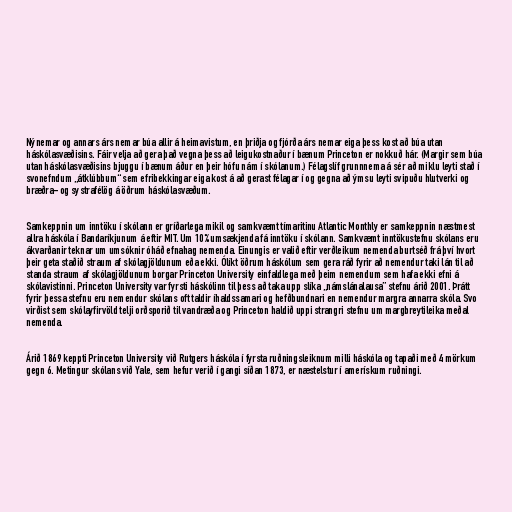
Nýnemar og annars árs nemar búa allir á heimavistum, en þriðja og fjórða árs nemar eiga þess kost að búa utan
háskólasvæðisins. Fáir velja að gera það vegna þess að leigukostnaður í bænum Princeton er nokkuð hár. (Margir sem búa
utan háskólasvæðisins bjuggu í bænum áður en þeir hófu nám í skólanum.) Félagslíf grunnnema á sér að miklu leyti stað í
svonefndum „átklúbbum“ sem efribekkingar eiga kost á að gerast félagar í og gegna að ýmsu leyti svipuðu hlutverki og
bræðra- og systrafélög á öðrum háskólasvæðum.

Samkeppnin um inntöku í skólann er gríðarlega mikil og samkvæmt tímaritinu Atlantic Monthly er samkeppnin næstmest
allra háskóla í Bandaríkjunum á eftir MIT. Um 10% umsækjenda fá inntöku í skólann. Samkvæmt inntökustefnu skólans eru
ákvarðanir teknar um umsóknir óháð efnahag nemenda. Einungis er valið eftir verðleikum nemenda burtséð frá því hvort
þeir geta staðið straum af skólagjöldunum eða ekki. Ólíkt öðrum háskólum sem gera ráð fyrir að nemendur taki lán til að
standa straum af skólagjöldunum borgar Princeton University einfaldlega með þeim nemendum sem hafa ekki efni á
skólavistinni. Princeton University var fyrsti háskólinn til þess að taka upp slíka „námslánalausa” stefnu árið 2001. Þrátt
fyrir þessa stefnu eru nemendur skólans oft taldir íhaldssamari og hefðbundnari en nemendur margra annarra skóla. Svo
virðist sem skólayfirvöld telji orðsporið til vandræða og Princeton haldið uppi strangri stefnu um margbreytileika meðal
nemenda.

Árið 1869 keppti Princeton University við Rutgers háskóla í fyrsta ruðningsleiknum milli háskóla og tapaði með 4 mörkum
gegn 6. Metingur skólans við Yale, sem hefur verið í gangi síðan 1873, er næstelstur í amerískum ruðningi.